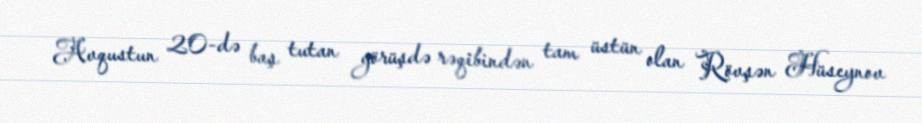
Avqustun 20-də baş tutan görüşdə rəqibindən tam üstün olan Rövşən Hüseynov